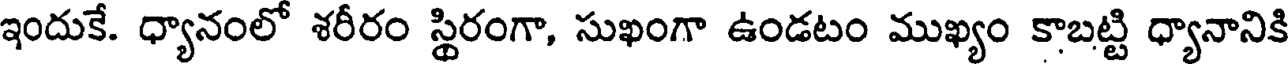
ఇందుకే. ధ్యానంలో శరీరం స్థిరంగా, సుఖంగా ఉండటం ముఖ్యం కాబట్టి ధ్యానానికి